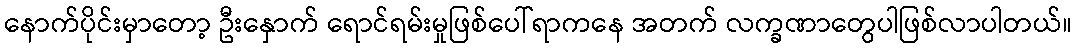
နောက်ပိုင်းမှာတော့ ဦးနှောက် ရောင်ရမ်းမှုဖြစ်ပေါ်ရာကနေ အတက် လက္ခဏာတွေပါဖြစ်လာပါတယ်။